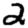
Digit: 2